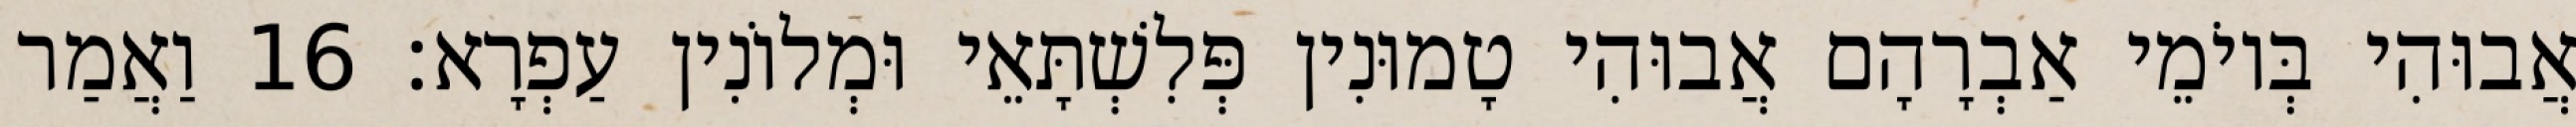
אֲבוּהִי בְּיוֹמֵי אַבְרָהָם אֲבוּהִי טָמוּנִין פְּלִשְׁתָּאֵי וּמְלוֹנִין עַפְרָא׃ 16 וַאֲמַר